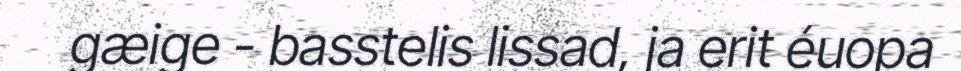
gæige - basstelis lissad, ja erit éuopa